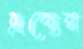
দ্রব্যের